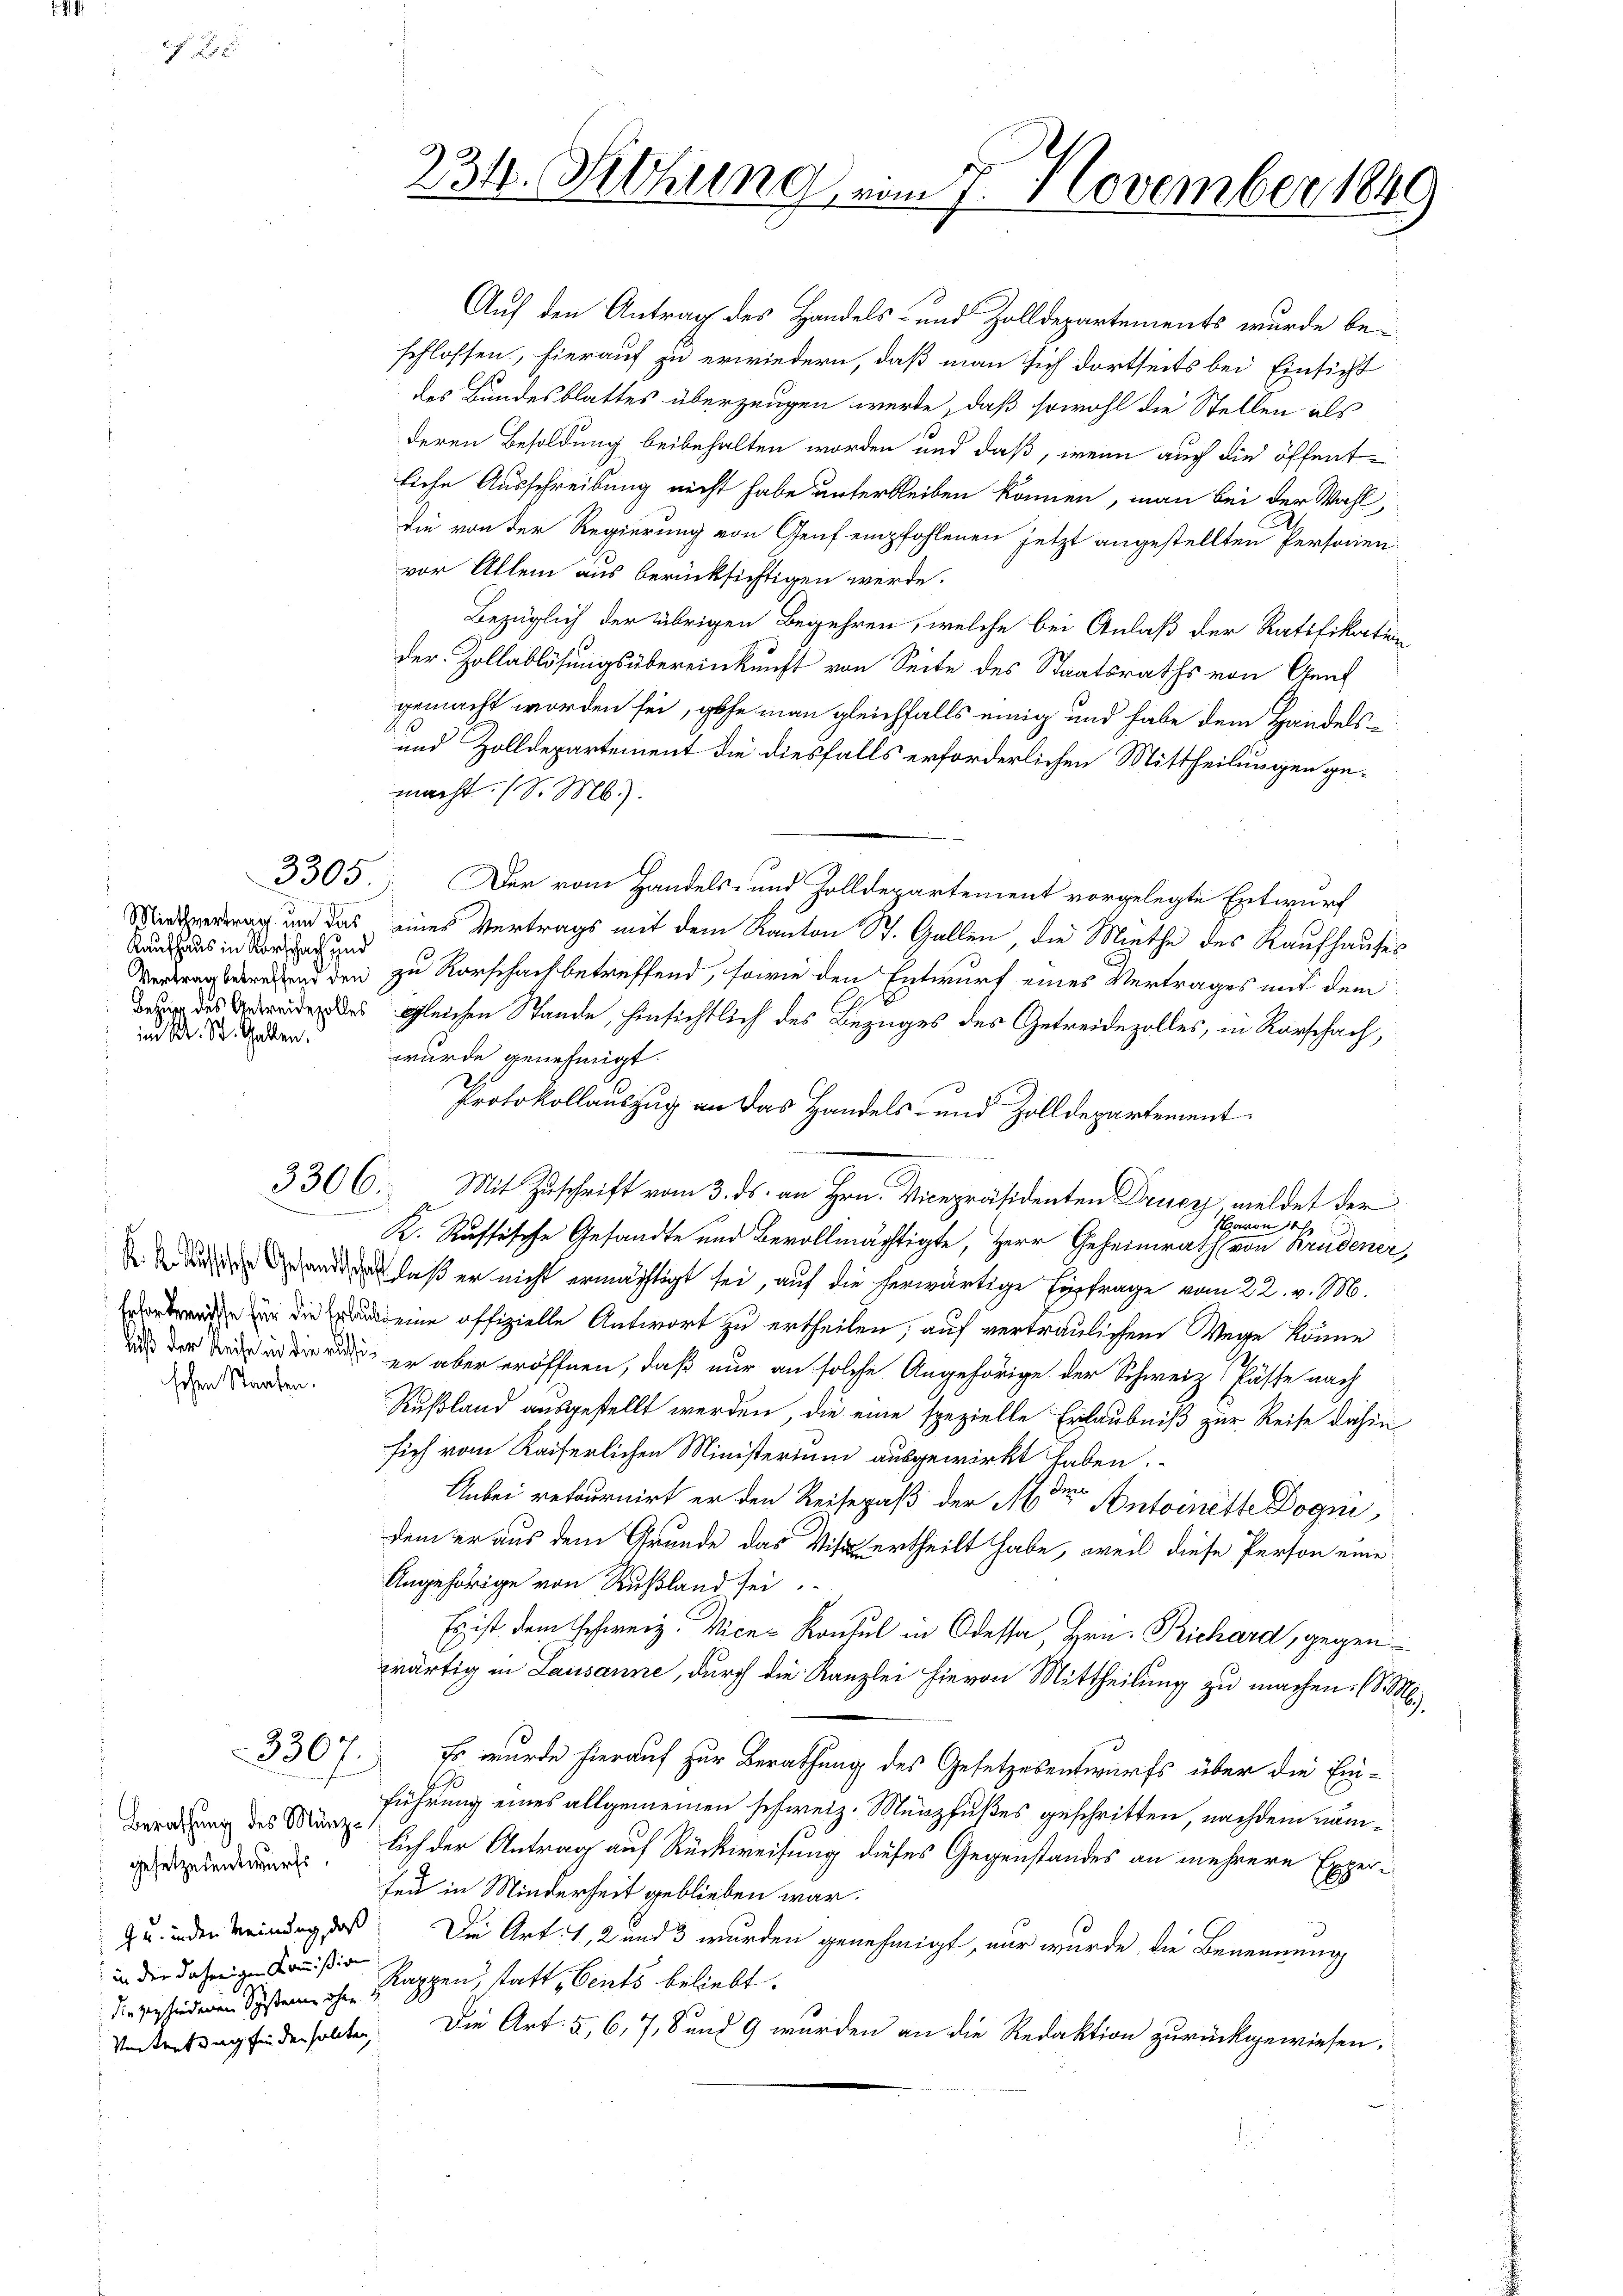
Kaufhaus in Vorschach und
imn M. St. Gallen.

schen Staaten.

e

330

Berathung des Münze
gesetzesentwurfs.
 in der daherigen Kommißion
Vertretung finden sollten,

234. Fethung vom 7. November 1849

Auf den Antrag des Handels- und Zolldepartements wurde beschlossen, hierauf zu erwiedern, daß man sich dortseits bei Einsicht
des Bundesblattes überzeugen werde, daß sowohl die Stellen als
deren Besoldung beibehalten worden und daß, wenn auch die öffentliche Ausschreibung nicht habe unterbleiben können, man bei der Wahl,
Die von der Regierung von Genf empfohlenen jetzt angestellten Personen-
vor Allem aus berücksichtigen werde.
Bezüglich der übrigen Begehren, welche bei Anlaß der Ratifikation
Der Zollablösungsübereinkunft von Seite des Staatsraths von Genf
gemacht worden sei, gehe man gleichfalls einig und habe dem Handels¬
und Zolldepartement die diesfalls erforderlichen Mittheilungen gemacht. (S. Mb).
3305. Der vom Handels- und Zolldepartement vorgelegte Entwurf
vertrag und das eines Vertrags mit dem Kanton St. Gallen, die Miethe des Kaufhauses
Vertragberedend den zu Rorschach betreffend, sowie den Entwurf eines Vertrages mit dem
 des gleichen Stande, hinsichtlich des Bezuges des Getreidezolles, in Rorschach,
wurde genehmigt.
Protokollauszug an das Handels- und Zolldepartement
3306. Mit Zuschrift vom 3. ds. an Hrn. Vicepräsidenten Drucy, meldet der
avon 10
K. Russische Gesandte und Bevollmächtigte, Herr Geheimrath von Brudener,
unde Grandanlaß er nicht ermächtigt sei, auf die herwärtige Einfrage vom 22. v. M.
e  die eine offizielle Antwort zu ertheilen, auf vertraulichen Wege könne
  er aber eröffnen, daß nur an solche Angehörige der Schweiz Pässe nach
Rußland ausgestellt werden, die eine spezielle Erlaubniß zur Reise dahin
sich vom Kaiserlichen Ministerium ausgewirkt haben.
Anbei retournirt er den Reisepaß der Aber Antoinette Dogni
dem er aus dem Grunde das Visit ertheilt habe, weil diese Person eine
Angehörige von Rußland sei.
Es ist dem schweiz. Vices Konsul in Odessa, Hrn. Richard, gegenwärtig in Lausanne, durch die Kanzlei hievon Mittheilung zu machen. (S. M.
1. Es wurde hierauf zur Berathung des Gesetzesentwurfs über die Ein-
führung eines allgemeinen schweiz. Münzfußes geschritten, nachdem nämlich der Antrag auf Rückweisung dieses Gegenstandes an mehrere Experfeu in Minderheit geblieben war.
z u. inder Meinung das Die Art. 1, 2 und 3 wurden genehmigt, nur wurde, die Benennung
die verschiedenen System ihr Rappen, statt ents beliebt.
Die Art. 5, 6, 7, 8 und 9 wurden an die Redaktion zurückgewiesen.